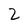
Character: Z